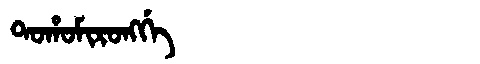
Manchu: ᡨᠣᡥᠣᠮᡳᡵᠣᠩᡤᡝ
Romanization: TOHOMIRONGGE